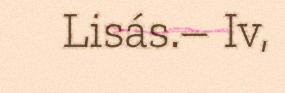
Lisás.– Iv,